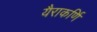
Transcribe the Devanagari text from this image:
यैराकर्णि